Civil Veterinary Department Bengal reports 1933-51 - 1933-1951
Year: 1933
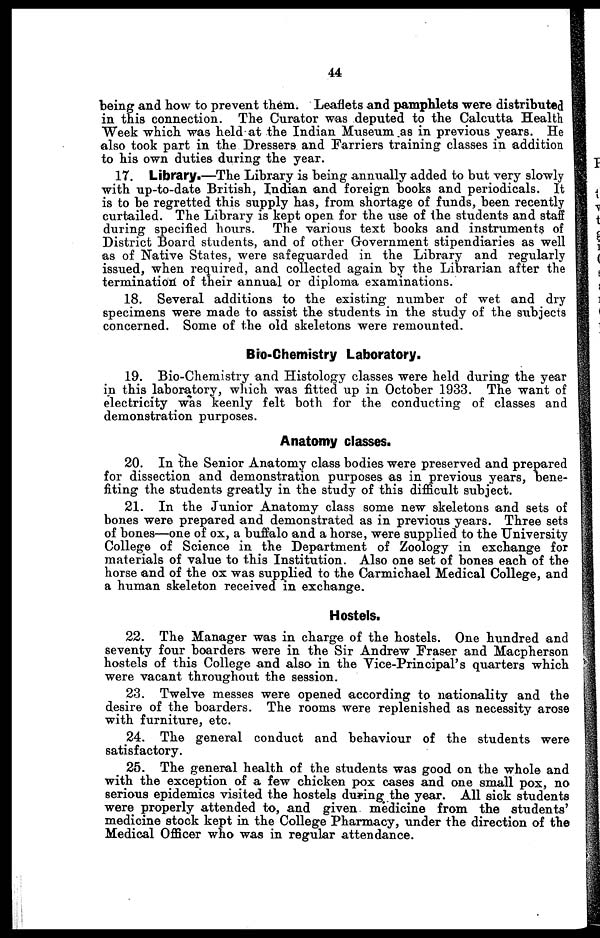
44
being and how to prevent them. Leaflets and pamphlets were distributed
in this connection. The Curator was deputed to the Calcutta Health
Week which was held at the Indian Museum .as in previous years. He
also took part in the Dressers and Farriers training classes in addition
to his own duties during the year.
17. Library.—The Library is being annually added to but very slowly
with up-to-date British, Indian and foreign books and periodicals. It
is to be regretted this supply has, from shortage of funds, been recently
curtailed. The Library is kept open for the use of the students and staff
during specified hours. The various text books and instruments of
District Board students, and of other Government stipendiaries as well
as of Native States, were safeguarded in the Library and regularly
issued, when required, and collected again by the Librarian after the
termination of their annual or diploma examinations.
18. Several additions to the existing number of wet and dry
specimens were made to assist the students in the study of the subjects
concerned. Some of the old skeletons were remounted.
Bio-Chemistry Laboratory.
19. Bio-Chemistry and Histology classes were held during the year
in this laboratory, which was fitted up in October 1933. The want of
electricity was keenly felt both for the conducting of classes and
demonstration purposes.
Anatomy classes.
20. In the Senior Anatomy class bodies were preserved and prepared
for dissection and demonstration purposes as in previous years, bene-
fiting the students greatly in the study of this difficult subject.
21. In the Junior Anatomy class some new skeletons and sets of
bones were prepared and demonstrated as in previous years. Three sets
of bones—one of ox, a buffalo and a horse, were supplied to the University
College of Science in the Department of Zoology in exchange for
materials of value to this Institution. Also one set of bones each of the
horse and of the ox was supplied to the Carmichael Medical College, and
a human skeleton received in exchange.
Hostels.
22. The Manager was in charge of the hostels. One hundred and
seventy four boarders were in the Sir Andrew Fraser and Macpherson
hostels of this College and also in the Vice-Principal's quarters which
were vacant throughout the session.
23. Twelve messes were opened according to nationality and the
desire of the boarders. The rooms were replenished as necessity arose
with furniture, etc.
24. The general conduct and behaviour of the students were
satisfactory.
25. The general health of the students was good on the whole and
with the exception of a few chicken pox cases and one small pox, no
serious epidemics visited the hostels during the year. All sick students
were properly attended to, and given medicine from the students'
medicine stock kept in the College Pharmacy, under the direction of the
Medical Officer who was in regular attendance.